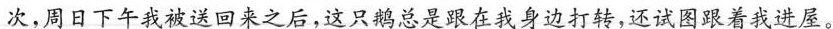
次，周日下午我被送回来之后，这只鹅总是跟在我身边打转，还试图跟着我进屋。